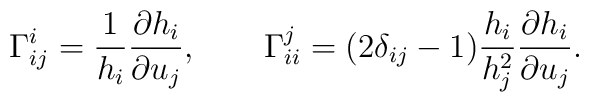
\Gamma_{ij}^i=\frac{1}{h_i}\frac{\partial h_i}{\partial u_j},\qquad\Gamma_{ii}^j=(2\delta_{ij}-1)\frac{h_i}{h^2_j}\frac{\partial h_i}{\partial u_j}.